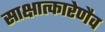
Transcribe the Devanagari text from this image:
साक्षात्कारेणैव